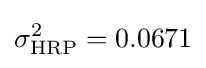
\sigma _{\mathrm {HRP} }^{2}=0.0671